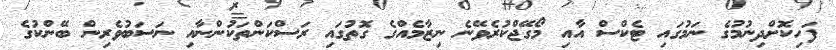
ފަހިކޮށްދިނުމުގެ ނަމުގައި ޓެކްސް އާއި މޯގޭޖްކުރެވޭނެ ނިޒާމެއްގެ ގޮތުގައި ރަސްކަންތަކުންނާއި ނަސަބުވެރިން ބޭންކުގެ